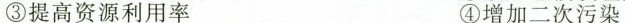
③提高资源利用率 ④增加二次污染